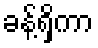
ခန့်ရှိကာ